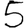
Digit: 5